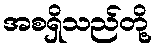
အစရှိသည်တို့